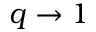
q \rightarrow 1